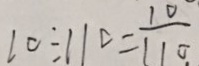
1 0 \div 1 1 0 = \frac { 1 0 } { 1 1 0 }